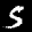
Label: 5